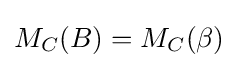
M_{C}(B)=M_{C}(\beta )